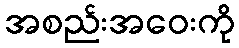
အစည်းအဝေးကို